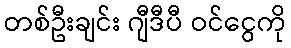
တစ်ဦးချင်း ဂျီဒီပီ ဝင်ငွေကို